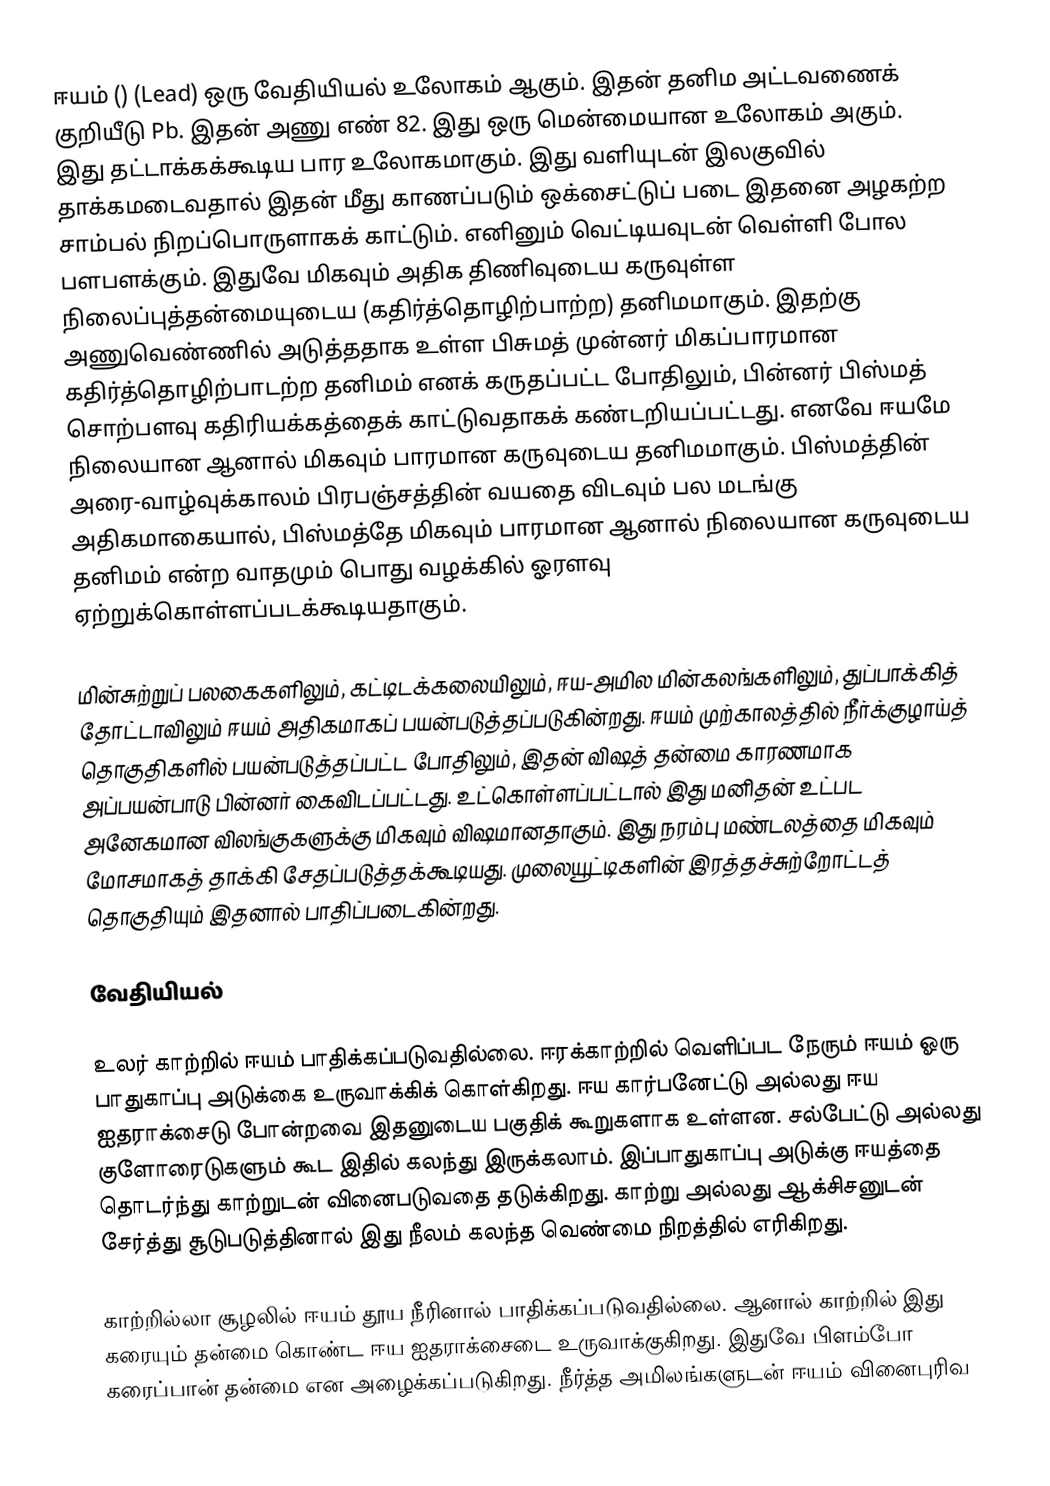
ஈயம் () (Lead) ஒரு வேதியியல் உலோகம் ஆகும். இதன் தனிம அட்டவணைக் குறியீடு Pb. இதன் அணு எண் 82. இது ஒரு மென்மையான உலோகம் அகும். இது தட்டாக்கக்கூடிய பார உலோகமாகும். இது வளியுடன் இலகுவில் தாக்கமடைவதால் இதன் மீது காணப்படும் ஒக்சைட்டுப் படை இதனை அழகற்ற சாம்பல் நிறப்பொருளாகக் காட்டும். எனினும் வெட்டியவுடன் வெள்ளி போல பளபளக்கும். இதுவே மிகவும் அதிக திணிவுடைய கருவுள்ள நிலைப்புத்தன்மையுடைய (கதிர்த்தொழிற்பாற்ற) தனிமமாகும். இதற்கு அணுவெண்ணில் அடுத்ததாக உள்ள பிசுமத் முன்னர் மிகப்பாரமான கதிர்த்தொழிற்பாடற்ற தனிமம் எனக் கருதப்பட்ட போதிலும், பின்னர் பிஸ்மத் சொற்பளவு கதிரியக்கத்தைக் காட்டுவதாகக் கண்டறியப்பட்டது. எனவே ஈயமே நிலையான ஆனால் மிகவும் பாரமான கருவுடைய தனிமமாகும். பிஸ்மத்தின் அரை-வாழ்வுக்காலம் பிரபஞ்சத்தின் வயதை விடவும் பல மடங்கு அதிகமாகையால், பிஸ்மத்தே மிகவும் பாரமான ஆனால் நிலையான கருவுடைய தனிமம் என்ற வாதமும் பொது வழக்கில் ஓரளவு ஏற்றுக்கொள்ளப்படக்கூடியதாகும்.

மின்சுற்றுப் பலகைகளிலும், கட்டிடக்கலையிலும், ஈய-அமில மின்கலங்களிலும், துப்பாக்கித்  தோட்டாவிலும் ஈயம் அதிகமாகப் பயன்படுத்தப்படுகின்றது. ஈயம் முற்காலத்தில் நீர்க்குழாய்த் தொகுதிகளில் பயன்படுத்தப்பட்ட போதிலும், இதன் விஷத் தன்மை காரணமாக அப்பயன்பாடு பின்னர் கைவிடப்பட்டது. உட்கொள்ளப்பட்டால் இது மனிதன் உட்பட அனேகமான விலங்குகளுக்கு மிகவும் விஷமானதாகும். இது நரம்பு மண்டலத்தை மிகவும் மோசமாகத் தாக்கி சேதப்படுத்தக்கூடியது. முலையூட்டிகளின் இரத்தச்சுற்றோட்டத் தொகுதியும் இதனால் பாதிப்படைகின்றது.

வேதியியல்

உலர் காற்றில் ஈயம் பாதிக்கப்படுவதில்லை. ஈரக்காற்றில் வெளிப்பட நேரும் ஈயம் ஓரு பாதுகாப்பு அடுக்கை உருவாக்கிக் கொள்கிறது. ஈய கார்பனேட்டு அல்லது ஈய ஐதராக்சைடு போன்றவை இதனுடைய பகுதிக் கூறுகளாக  உள்ளன. சல்பேட்டு அல்லது குளோரைடுகளும் கூட இதில் கலந்து இருக்கலாம். இப்பாதுகாப்பு அடுக்கு ஈயத்தை தொடர்ந்து காற்றுடன் வினைபடுவதை தடுக்கிறது. காற்று அல்லது ஆக்சிசனுடன் சேர்த்து சூடுபடுத்தினால் இது நீலம் கலந்த வெண்மை நிறத்தில் எரிகிறது.

காற்றில்லா சூழலில் ஈயம் தூய நீரினால் பாதிக்கப்படுவதில்லை. ஆனால் காற்றில் இது கரையும் தன்மை கொண்ட ஈய ஐதராக்சைடை உருவாக்குகிறது. இதுவே பிளம்போ கரைப்பான் தன்மை என அழைக்கப்படுகிறது. நீர்த்த அமிலங்களுடன் ஈயம் வினைபுரிவ